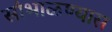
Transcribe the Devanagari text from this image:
सांभाळण्‍यास